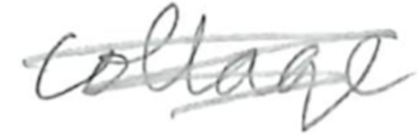
Text: college
Cross-out: scratch
Writing tool: pencil